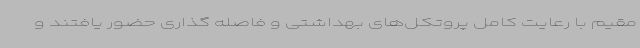
مقیم با رعایت کامل پروتکل‌های بهداشتی و فاصله گذاری حضور یافتند و